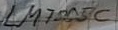
Text: LM805C